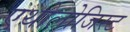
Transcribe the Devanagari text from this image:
एथोलोजिस्ट